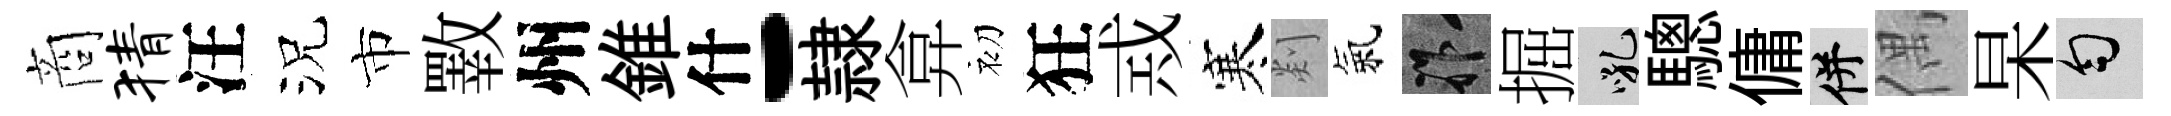
商猜汪況市斁州錐什-隷弇初狂𢦶寒剡氣祚掘吼驄傭并偶杲匀